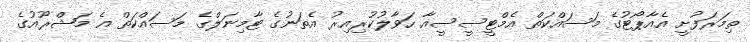
ތިމަރަފުށީ އެއާޕޯޓުގެ މަސައްކަތް އެމްޓީސީސީއާ ހަވާލުކުރިއިރު އެތަނުގެ ޓާމިނަލްގެ މަސައްކަތް އެ މަޝްރޫއުގެ